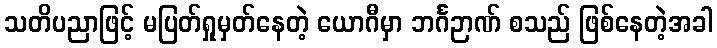
သတိပညာဖြင့် မပြတ်ရှုမှတ်နေတဲ့ ယောဂီမှာ ဘင်္ဂဉာဏ် စသည် ဖြစ်နေတဲ့အခါ